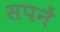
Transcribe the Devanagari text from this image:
सपनें